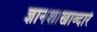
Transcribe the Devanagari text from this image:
ज्ञानशाखाव्दारे